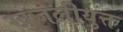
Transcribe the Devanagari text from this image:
खुजलीयुक्त